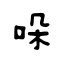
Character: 哚